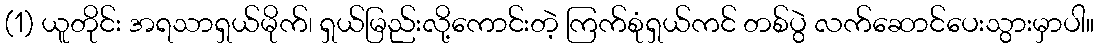
(1) ယူတိုင်း အရသာရှယ်မိုက်၊ ရှယ်မြည်းလို့ကောင်းတဲ့ ကြက်စုံရှယ်ကင် တစ်ပွဲ လက်ဆောင်ပေးသွားမှာပါ။